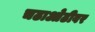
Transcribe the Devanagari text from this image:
चढाओढीवर